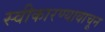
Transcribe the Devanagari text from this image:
स्वीकारण्यावाचून